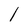
Character: l